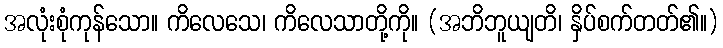
အလုံးစုံကုန်သော။ ကိလေသေ၊ ကိလေသာတို့ကို။ (အဘိဘူယျတိ၊ နှိပ်စက်တတ်၏။)